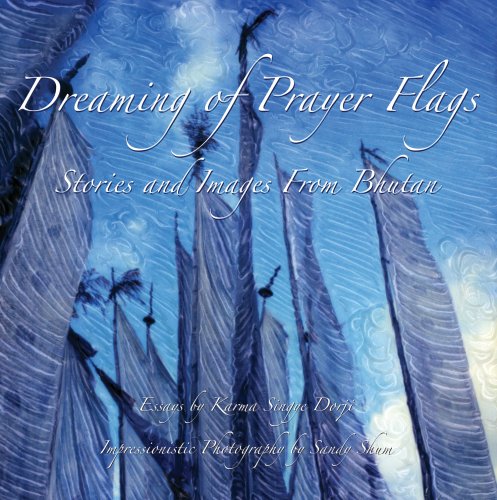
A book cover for Dreaming of Prayer Flags ~ Stories and Images from Bhutan; Karma Singye Dorji; Travel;